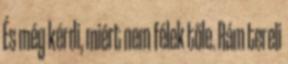
És még kérdi, miért nem félek tőle. Rám tereli